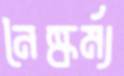
নৈষ্কর্ম্য